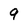
Character: 9